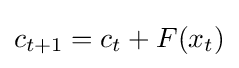
c_{t+1}=c_{t}+F(x_{t})